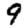
Digit: 9